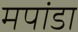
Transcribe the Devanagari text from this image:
मपांडा